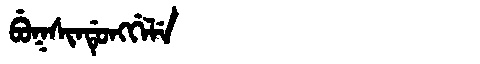
Manchu: ᠪᡠᡴᠰᡳᠨᡩᡠᠩᡤᡝᠯᡝ
Romanization: BUKSINDUNGGELE